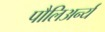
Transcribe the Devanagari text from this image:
पौलिअर्न्य